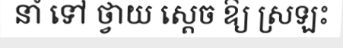
នាំ ទៅ ថ្វាយ ស្តេច ឱ្យ ស្រឡះ